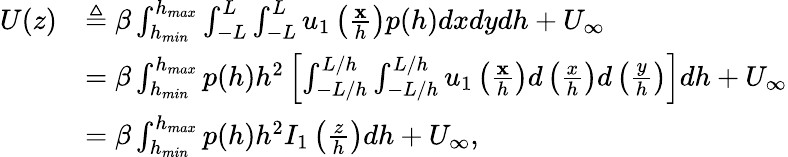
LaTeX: \begin{array}{rl}{U(z)}&{\triangleq\beta\int_{h_{min}}^{h_{max}}\int_{-L}^{L}\int_{-L}^{L}u_{1}\left(\frac{\mathbf{x}}{h}\right)p(h)dxdydh+U_{\infty}}\\ &{=\beta\int_{h_{min}}^{h_{max}}p(h)h^{2}\left[\int_{-L/h}^{L/h}\int_{-L/h}^{L/h}u_{1}\left(\frac{\mathbf{x}}{h}\right)d\left(\frac{x}{h}\right)d\left(\frac{y}{h}\right)\right]dh+U_{\infty}}\\ &{=\beta\int_{h_{min}}^{h_{max}}p(h)h^{2}I_{1}\left(\frac{z}{h}\right)dh+U_{\infty},}\end{array}